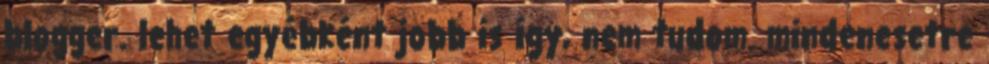
blogger. lehet egyébként jobb is így, nem tudom. mindenesetre